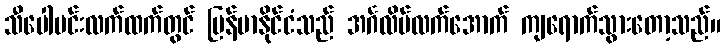
သီပေါမင်းလက်ထက်တွင် မြန်မာနိုင်ငံသည် အင်္ဂလိပ်လက်အောက် ကျရောက်သွားတော့သည်။